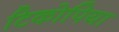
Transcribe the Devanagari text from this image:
टिकोपिया